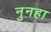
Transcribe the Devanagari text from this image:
नुनहा